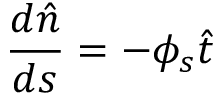
\frac { d \hat { n } } { d s } = - \phi _ { s } \hat { t }